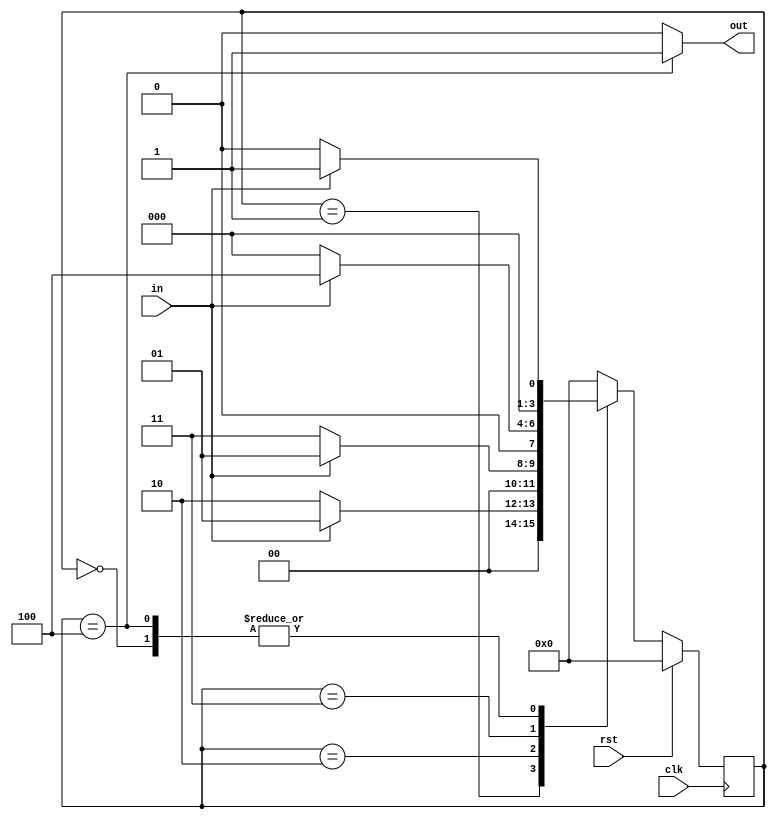
`timescale 1ns / 1ps

module fsm1001_nov1(clk,rst,in,out);
input clk,rst,in;
output reg out;
parameter S0 = 4'b0000,
S1 = 4'b0001,
S2 = 4'b0010,
S3 = 4'b0011,
S4 = 4'b0100;
reg [3:0]state,nextstate;

always@(posedge clk) begin
if (rst) state <= S0;
else state <= nextstate;
end

always@(state,in) begin
case(state)
S0: begin 
if (in) nextstate <= S1;
else nextstate <= S0;
end
S1: begin
if (in) nextstate <= S1;
else nextstate <= S2;
end
S2: begin
if (in) nextstate <= S1;
else nextstate <= S3;
end
S3: begin
if (in) nextstate <= S4;
else nextstate <= S0;
end
S4: begin
if (in) nextstate <= S1;
else nextstate <= S0;
end
default: nextstate <= S0;
endcase
end

always@(state) begin
case(state)
S0: out <= 0;
S1: out <= 0;
S2: out <= 0;
S3: out <= 0;
S4: out <= 1;
default: out <= 0;
endcase
end

endmodule